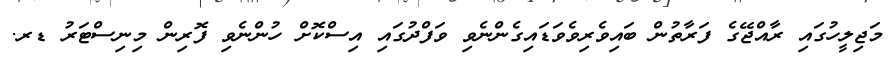
މަޖިލީހުގައި ރާއްޖޭގެ ފަރާތުން ބައިވެރިވެވަޑައިގެންނެވި ވަފްދުގައި އިސްކޮށް ހުންނެވި ފޮރިން މިނިސްޓަރު ޑރ.